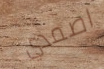
اصمدي